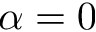
\alpha = 0